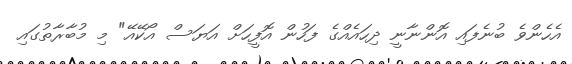
އެހެންވެ ބުނެފައި އޮންނާނީ ދިހައެއްގެ ފަހުން އޮފީހަށް އަޔަސް އޯކޭއޭ" މި މުބާރާތުގައި